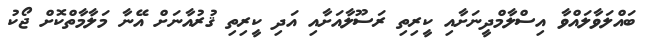
ބައްލަވާލައްވާ އިސްލާމްދީނަށާއި ކީރިތި ރަސޫލާއަށާއި އަދި ކީރިތި ޤުރުއާނަށް އޭނާ މަލާމާތްކޮށް ޖޯކު